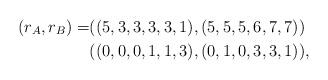
LaTeX: \begin{align*} (r_A, r_B)=&((5,3,3,3,3,1), (5,5,5,6,7,7)) \\ &((0,0,0,1,1,3), (0,1,0,3,3,1)), \end{align*}